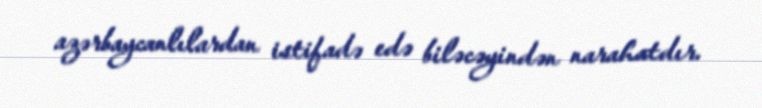
azərbaycanlılardan istifadə edə biləcəyindən narahatdır.